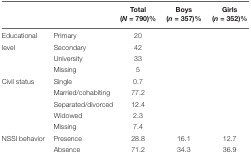
<table><thead><tr><td></td><td></td><td><b>Total (<i>N</i> = 790)%</b></td><td><b>Boys (<i>n</i> = 357)%</b></td><td><b>Girls (<i>n</i> = 352)%</b></td></tr></thead><tbody><tr><td>Educational</td><td>Primary</td><td>20</td><td></td><td></td></tr><tr><td>level</td><td>Secondary</td><td>42</td><td></td><td></td></tr><tr><td></td><td>University</td><td>33</td><td></td><td></td></tr><tr><td></td><td>Missing</td><td>5</td><td></td><td></td></tr><tr><td>Civil status</td><td>Single</td><td>0.7</td><td></td><td></td></tr><tr><td></td><td>Married/cohabiting</td><td>77.2</td><td></td><td></td></tr><tr><td></td><td>Separated/divorced</td><td>12.4</td><td></td><td></td></tr><tr><td></td><td>Widowed</td><td>2.3</td><td></td><td></td></tr><tr><td></td><td>Missing</td><td>7.4</td><td></td><td></td></tr><tr><td>NSSI behavior</td><td>Presence</td><td>28.8</td><td>16.1</td><td>12.7</td></tr><tr><td></td><td>Absence</td><td>71.2</td><td>34.3</td><td>36.9</td></tr></tbody></table>